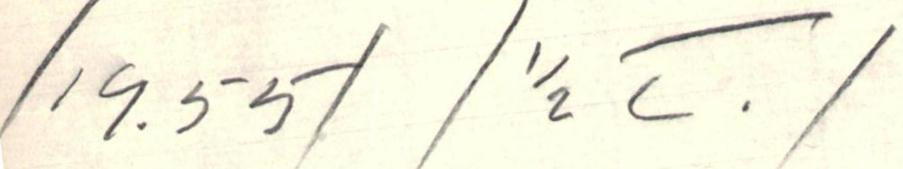
/19.55/ /½ T:/